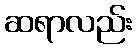
ဆရာလည်း